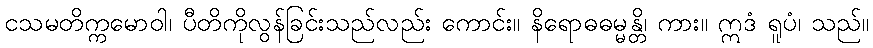
ငသမတိက္ကမောဝါ၊ ပီတိကိုလွန်ခြင်းသည်လည်း ကောင်း။ နိရောဓဓမ္မန္တိ၊ ကား။ ဣဒံ ရူပံ၊ သည်။